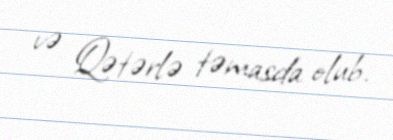
və Qətərlə təmasda olub.